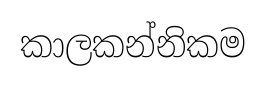
කාලකන්නිකම